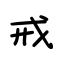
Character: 戒